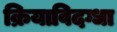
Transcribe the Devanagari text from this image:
क्रियाविदग्धा